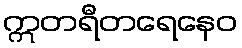
ဣတရီတရေနေဝ